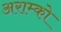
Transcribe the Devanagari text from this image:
अराम्को